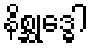
နိစ္ဆုဒ္ဓေါ